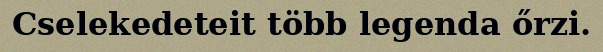
Cselekedeteit több legenda őrzi.